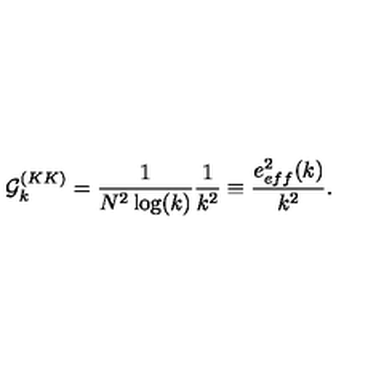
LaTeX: { \cal G } _ { k } ^ { ( K K ) } = \frac { 1 } { N ^ { 2 } \log ( k ) } \frac { 1 } { k ^ { 2 } } \equiv \frac { e _ { e f f } ^ { 2 } ( k ) } { k ^ { 2 } } .